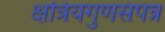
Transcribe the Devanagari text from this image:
क्षत्रियगुणसंपन्न